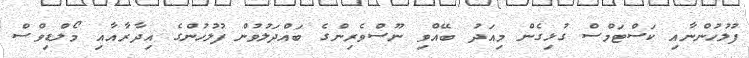
ފުލުހުންނާއި ކަސްޓަމްސް ގުޅިގެން މިއަދު ބޭއްވި ނޫސްވެރިންގެ ބައްދަލުވުން ފުލުހުންގެ އިދާރާއާއި މޯލްޑިވްސް